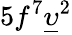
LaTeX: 5f^{7}\underline{{\upsilon}}^{2}